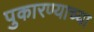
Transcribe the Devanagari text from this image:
पुकारण्याच्या